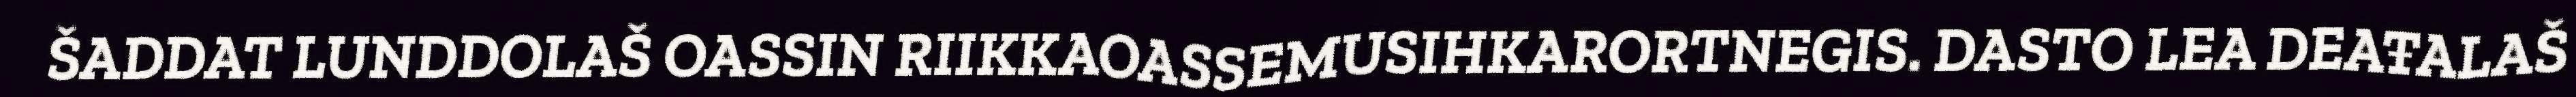
ŠADDAT LUNDDOLAŠ OASSIN RIIKKAOASSEMUSIHKARORTNEGIS. DASTO LEA DEAŦALAŠ